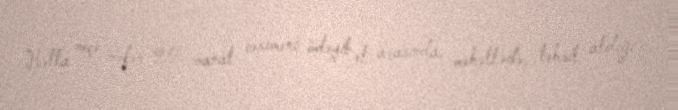
Hətta neçə nəfər 20 manat cəriməni ödəyib el arasında, məhəllədə, təhsil aldığı